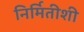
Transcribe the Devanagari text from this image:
निर्मितीशी